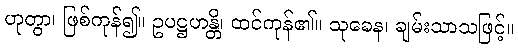
ဟုတွာ၊ ဖြစ်ကုန်၍။ ဥပဋ္ဌဟန္တိ၊ ထင်ကုန်၏။ သုခေန၊ ချမ်းသာသဖြင့်။